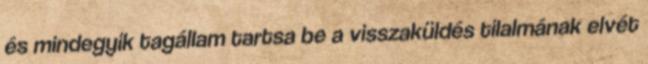
és mindegyik tagállam tartsa be a visszaküldés tilalmának elvét